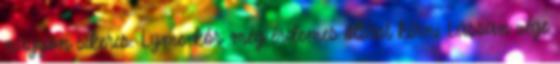
nagyon sikeres. Lyme-kór: még érdemes oltást kérni Lassan vége